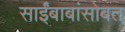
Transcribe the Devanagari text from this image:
साईंबाबांसोबत